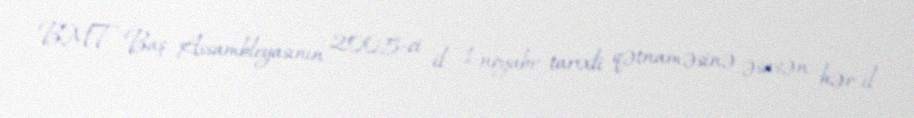
BMT Baş Assambleyasının 2005-ci il 1 noyabr tarixli qətnaməsinə əsasən, hər il